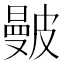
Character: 𥀗